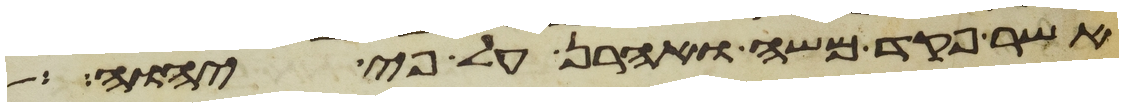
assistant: אשר פקד משה ואהרן על פי יהוה